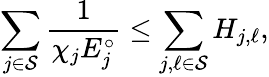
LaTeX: \sum_{j\in\mathcal{S}}\frac{1}{\chi_{j}E_{j}^{\circ}}\le\sum_{j,\ell\in\mathcal{S}}H_{j,\ell},